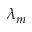
\lambda _ { m }